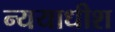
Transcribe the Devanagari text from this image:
न्ययाधीश